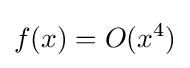
f(x)=O(x^{4})